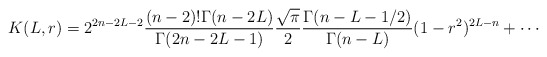
\begin{align*} K(L,r)=2^{2n-2L-2}\frac{(n-2)!\Gamma(n-2L)}{\Gamma(2n-2L-1)} \frac{\sqrt{\pi}}2 \frac{\Gamma(n-L-1/2)}{\Gamma(n-L)}(1-r^2)^{2L-n}+\cdots\end{align*}